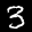
Label: 3